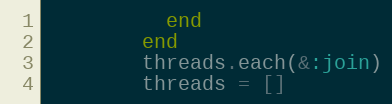
Language: Ruby
          end
        end
        threads.each(&:join)
        threads = []